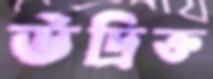
উদ্রিক্ত